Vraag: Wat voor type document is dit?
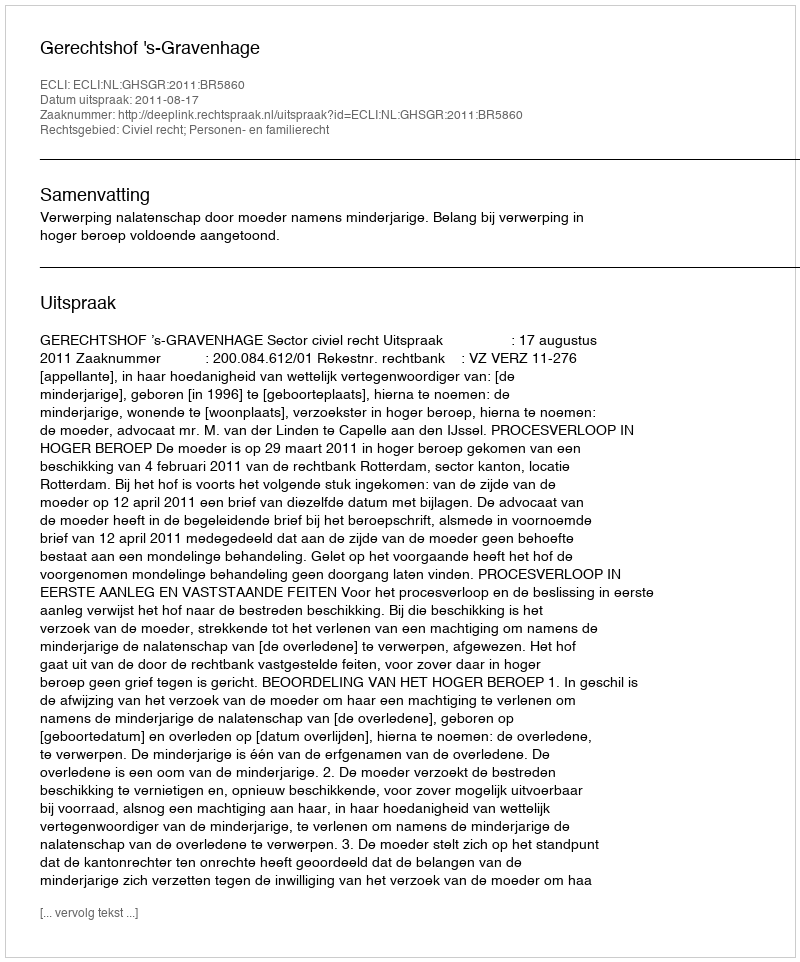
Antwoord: Uitspraak